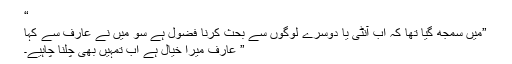
“
”میں سمجھ گیا تھا کہ اب آنٹی یا دوسرے لوگوں سے بحث کرنا فضول ہے سو میں نے عارف سے کہا
” عارف میرا خیال ہے اب تمہیں بھی چلنا چاہیے۔